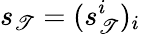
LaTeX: s_{\mathscr{T}}=(s_{\mathscr{T}}^{i})_{i}